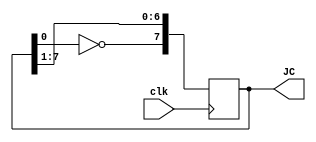
module nBitJohnsonCounter #(parameter integer n = 8) (output reg[n-1:0] JC, input clk);

    //  initially feed in 1 to register
    initial begin
        JC = 1;
    end

    // every clock edge, shift the bit to right nd connect inverted o/p of last to i/p of first
    always @(posedge clk) begin
        JC = {~JC[0], JC[n-1:1]};
    end
endmodule